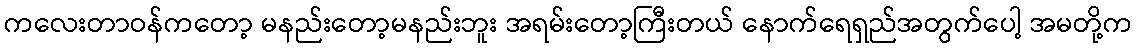
ကလေးတာဝန်ကတော့ မနည်းတော့မနည်းဘူး အရမ်းတော့ကြီးတယ် နောက်ရေရှည်အတွက်ပေါ့ အမတို့က